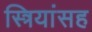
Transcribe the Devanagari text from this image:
स्त्रियांसह